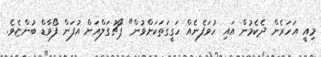
މިއީ އަހަރެން ދެކެމުން އައި ހުވަފެނެއް ހަގީގަތަކަށްވުން" ޕޯޗުގަލްއަށް އުފަން ފޯވާޑް ބުންޏެވެ.